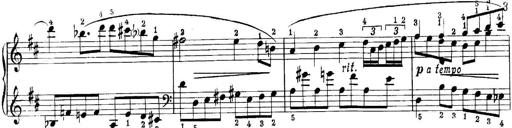
Title: Quatres sonatines
Composer: Tadeusz Joteyko